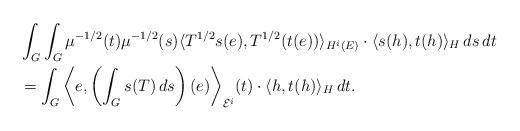
LaTeX: \begin{align*}&\int_G\int_G\mu^{-1/2}(t)\mu^{-1/2}(s)\langle T^{1/2}s(e),T^{1/2}(t(e))\rangle_{H^i(E)}\cdot\langle s(h),t(h)\rangle_H\,ds\,dt\\&=\int_G\bigg\langle e,\left(\int_Gs(T)\,ds\right)(e)\bigg\rangle_{\mathcal{E}^i}(t)\cdot\langle h,t(h)\rangle_H\,dt.\end{align*}